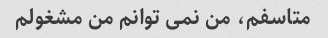
متاسفم، من نمی توانم من مشغولم